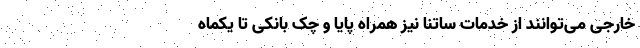
خارجی می‌توانند از خدمات ساتنا نیز همراه پایا و چک بانکی تا یکماه